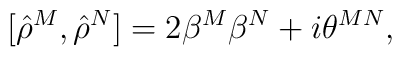
[{\hat\rho}^M,{\hat\rho}^N]=2\beta^M\beta^N+i\theta^{MN},